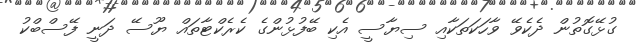
ގުޅޭގޮތުން ދެކެވޭ ވާހަކަތަކާއި ސިޔާސީ އެކި ބޭފުޅުންގެ ކެރެކްޓާތައް ޔޫސޭ ދަނީ ފޭސްބްކު